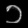
Digit: ၁